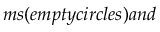
m s ( e m p t y c i r c l e s ) a n d